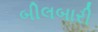
બીલબારી